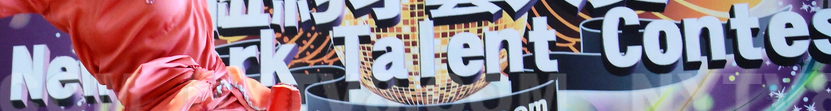
Ne rk Talent Contes